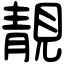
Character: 靚